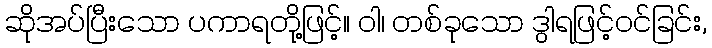
ဆိုအပ်ပြီးသော ပကာရတို့ဖြင့်။ ဝါ၊ တစ်ခုသော ဒွါရဖြင့်ဝင်ခြင်း,